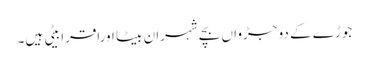
جوڑے کے دو جڑواں بچے شہران بیٹا اوراقرا بیٹی ہیں۔